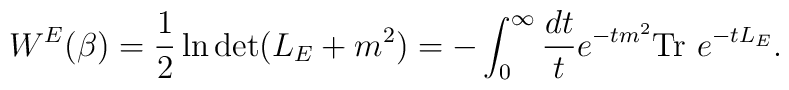
W^E(\beta)=\frac 12 \ln \det (L_E+m^2)=-\int_0^{\infty}{dt \over t}e^{-tm^2}\mbox{Tr}~e^{-tL_E}.